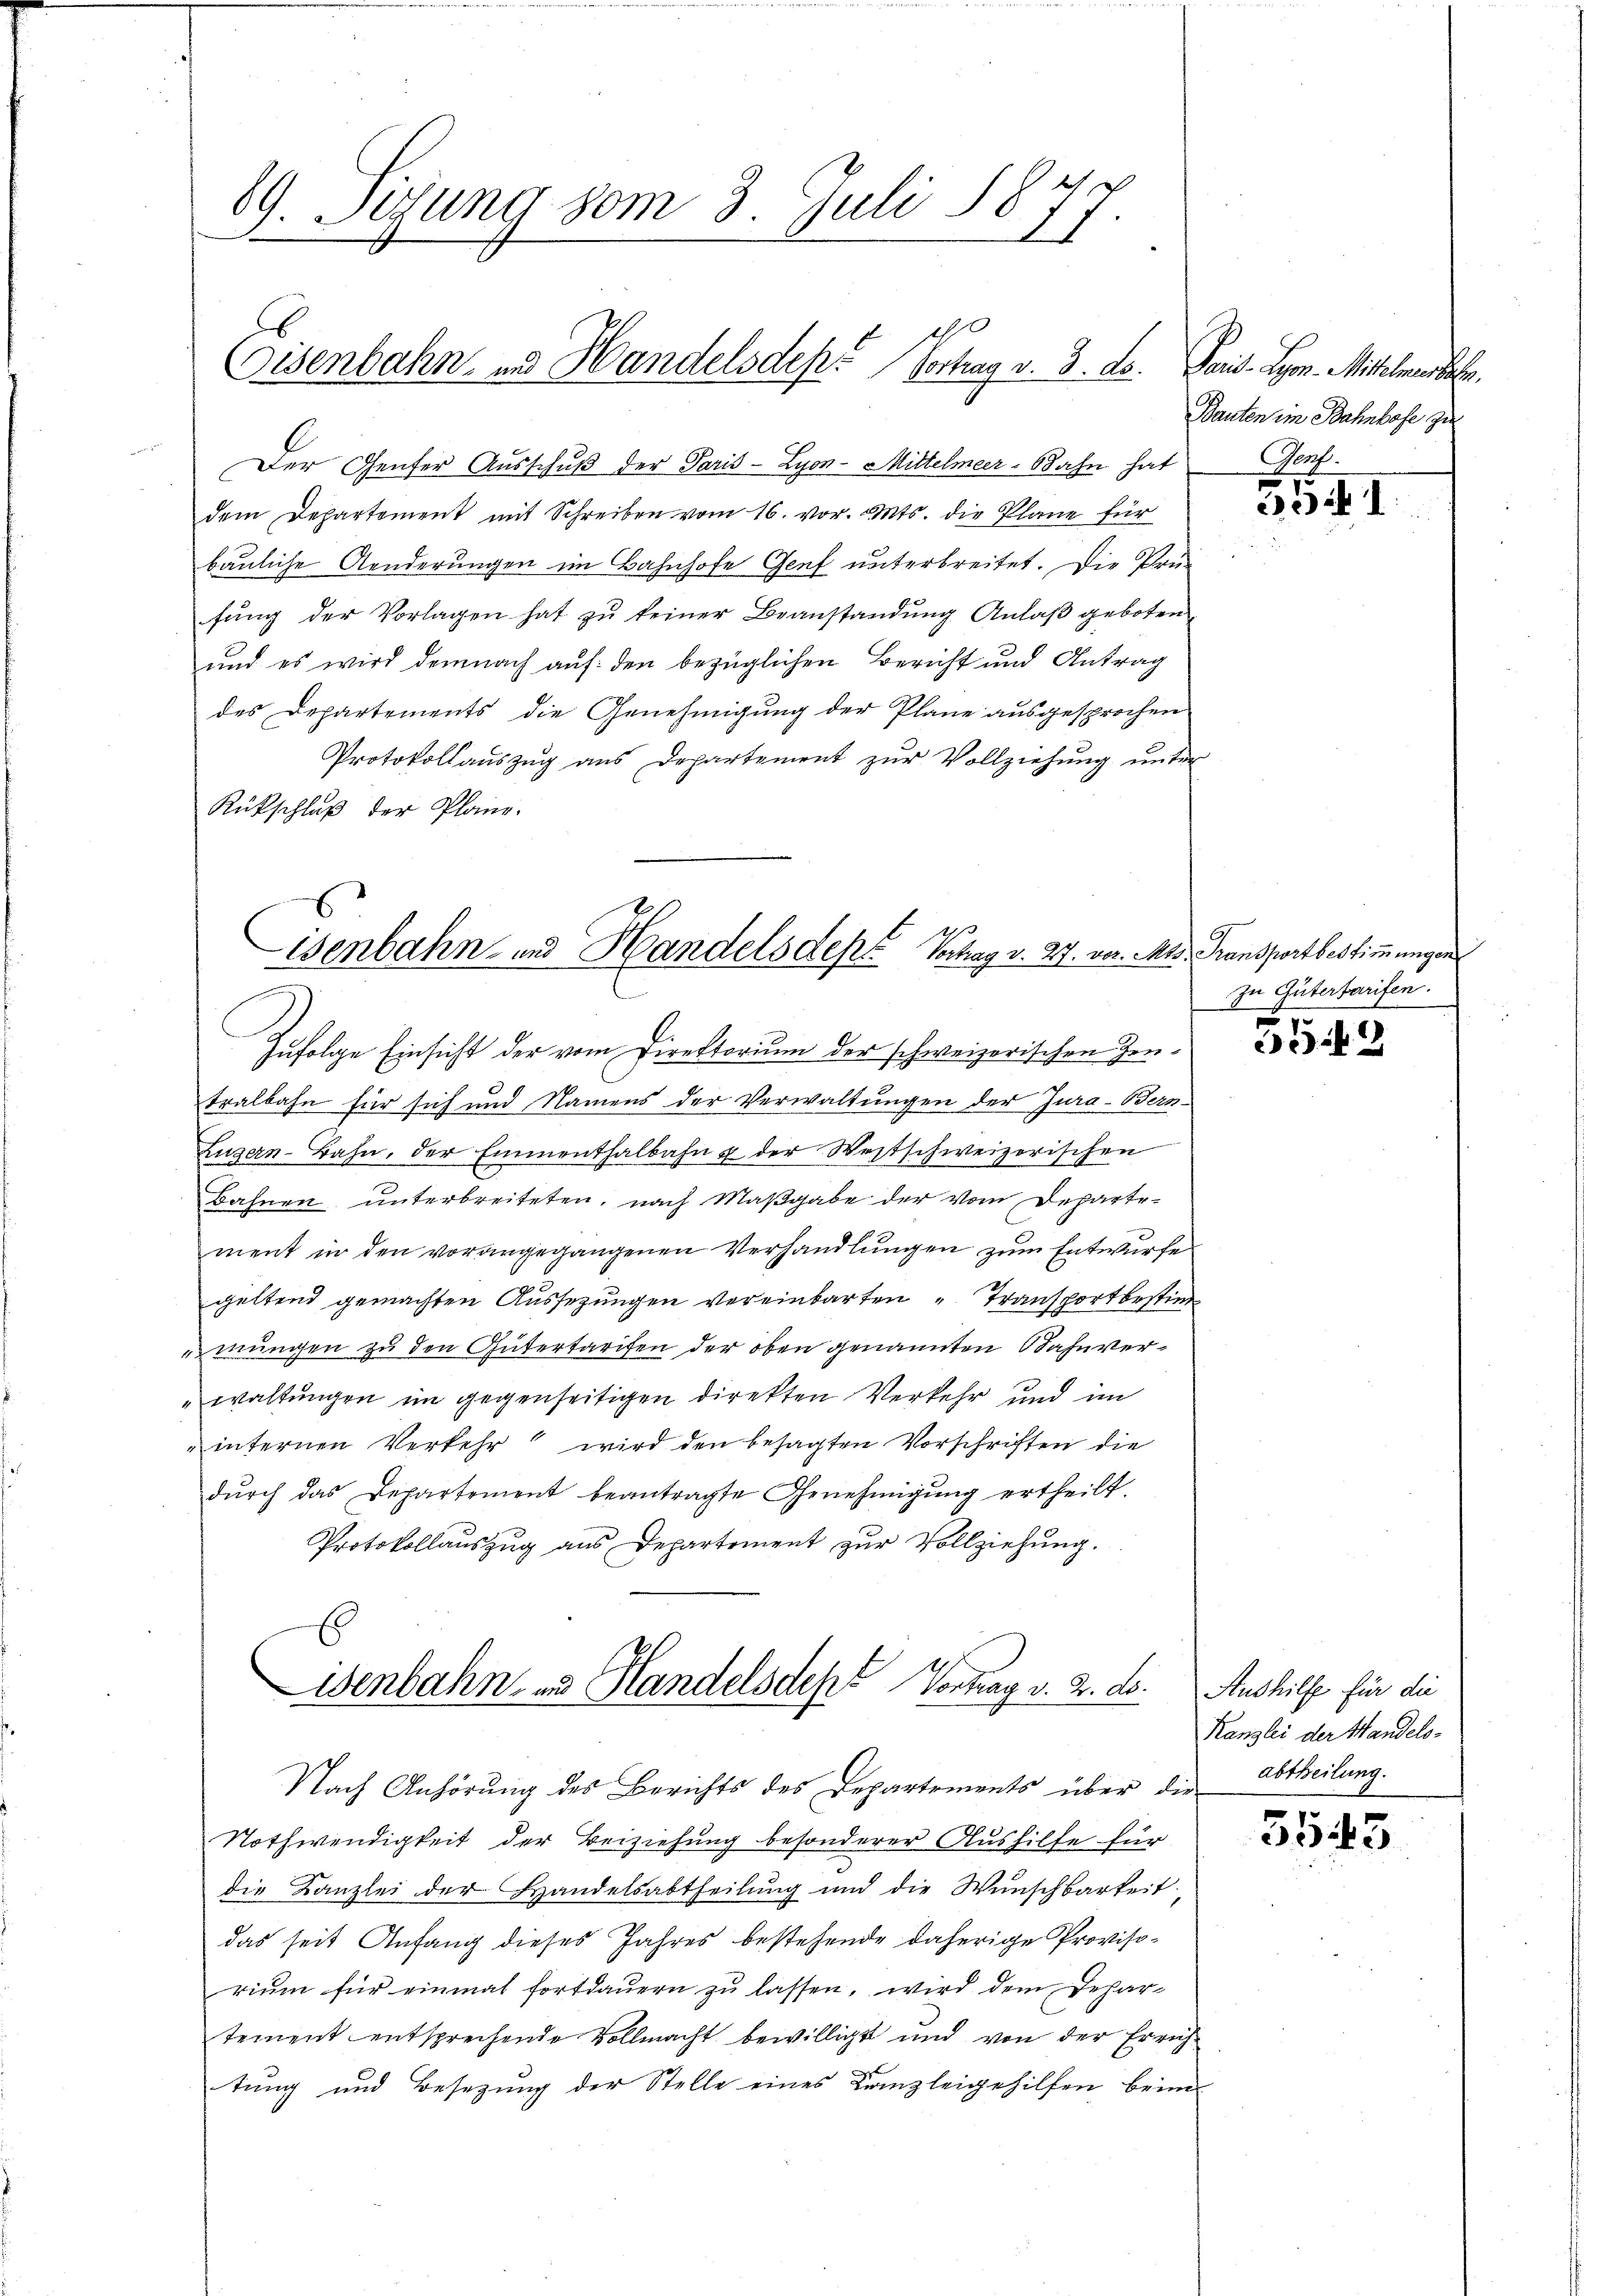
89. Sizung vom 3. Juli 1877.

Eisenbahn, und Handelsdep. Vortrag v. 3. ds.

s
Der Gener Ausschuß der Paris - Lyon-Mittelmeer-Bahn hat
dem Departement mit Schreiben vom 16. vor. Mts. die Pläne für
bauliche Aenderungen im Bahnhofe Genf unterbreitet. Die Prü-
fŭng der Vorlagen hat zŭ keiner Beanstandung Anlaß geboten,
und es wird demnach auf den bezüglichen Bericht und Antrag
des Departements die Genehmigung der Plane ausgesprochen
Protokollauszug aus Departement zur Vollziehung unter
Rückschluß der Pläne.

isenbahn- und Handels des Schag v. 27. vor. Mts. Transportbestimmungen

Nach Anhörung des Berichts des Departements über die Abtheilung.

Zufolge Einsicht der vom Direktorium der schweizerischen Zentralbahn für sich und Namens der Verwaltungen der Jura - Bern
Luzern-Bahn, der Emmenthalbahn & der Westschweizerischen
Bahnen unterbreiteten, nach Maßgabe der vom Departement in den vorangegangenen Verhandlungen zum Entwurfe
geltend gemachten Aussezungen vereinbarten „Transportbestim
umungen zu den Gütertarifen der oben genannten Bahnverwaltungen im gegenseitigen direkten Verkehr und im
internen Verkehr wird den besagten Vorschriften die
dŭrch das Departement beantragte Genehmigŭng ertheilt.
Protokollauszug aus Departement zŭr Vollziehung.
E
Lisenbahn zu Handelsdept Vortrag v. 2. ds.

Nothwendigkeit der Beiziehung besonderer Aushilfe für
die Kanzlei der Handelsabtheilung und die Wunschbarkeit
das seit Anfang dieses Jahres bestehende daherige Provisorium für einmal fortdauern zŭ lassen, wird dem Jehar-
tement entsprechende Vollmacht bewilligt und von der Errichtung und Besetzung der Stelle eines Kanzleigehilfen beim

Pais. Hrn. Miteinen Sr.
Bauten im Bahnhofe zu
Prof.

39. I.

zu Gütertarifen.
7

Aushilfe für die
Kanzlei der Handels-

3543